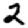
Digit: 2